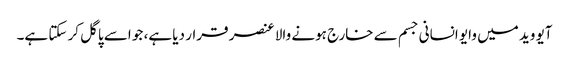
آیو وید میں وایو انسانی جسم سے خارج ہونے والا عنصر قرار دیا ہے، جو اسے پاگل کر سکتا ہے۔